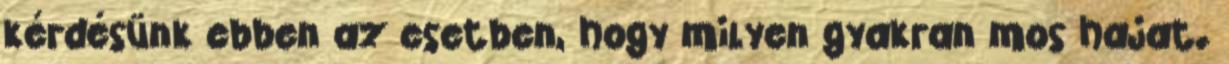
kérdésünk ebben az esetben, hogy milyen gyakran mos hajat.